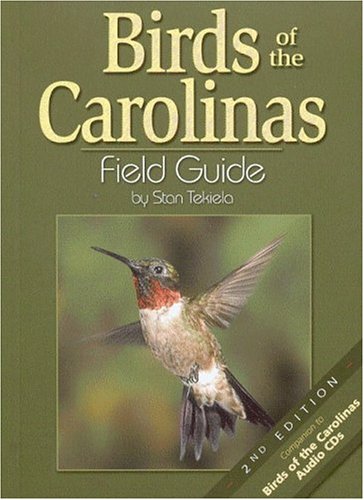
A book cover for Birds of the Carolinas Field Guide, Second Edition: Companion to Birds of the Carolinas Audio CDs; Stan Tekiela; Science & Math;